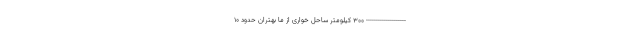
-------------------- ۳۰۰ کیلومتر ساحل‌ خواری از ما بهتران حدود ۱۰